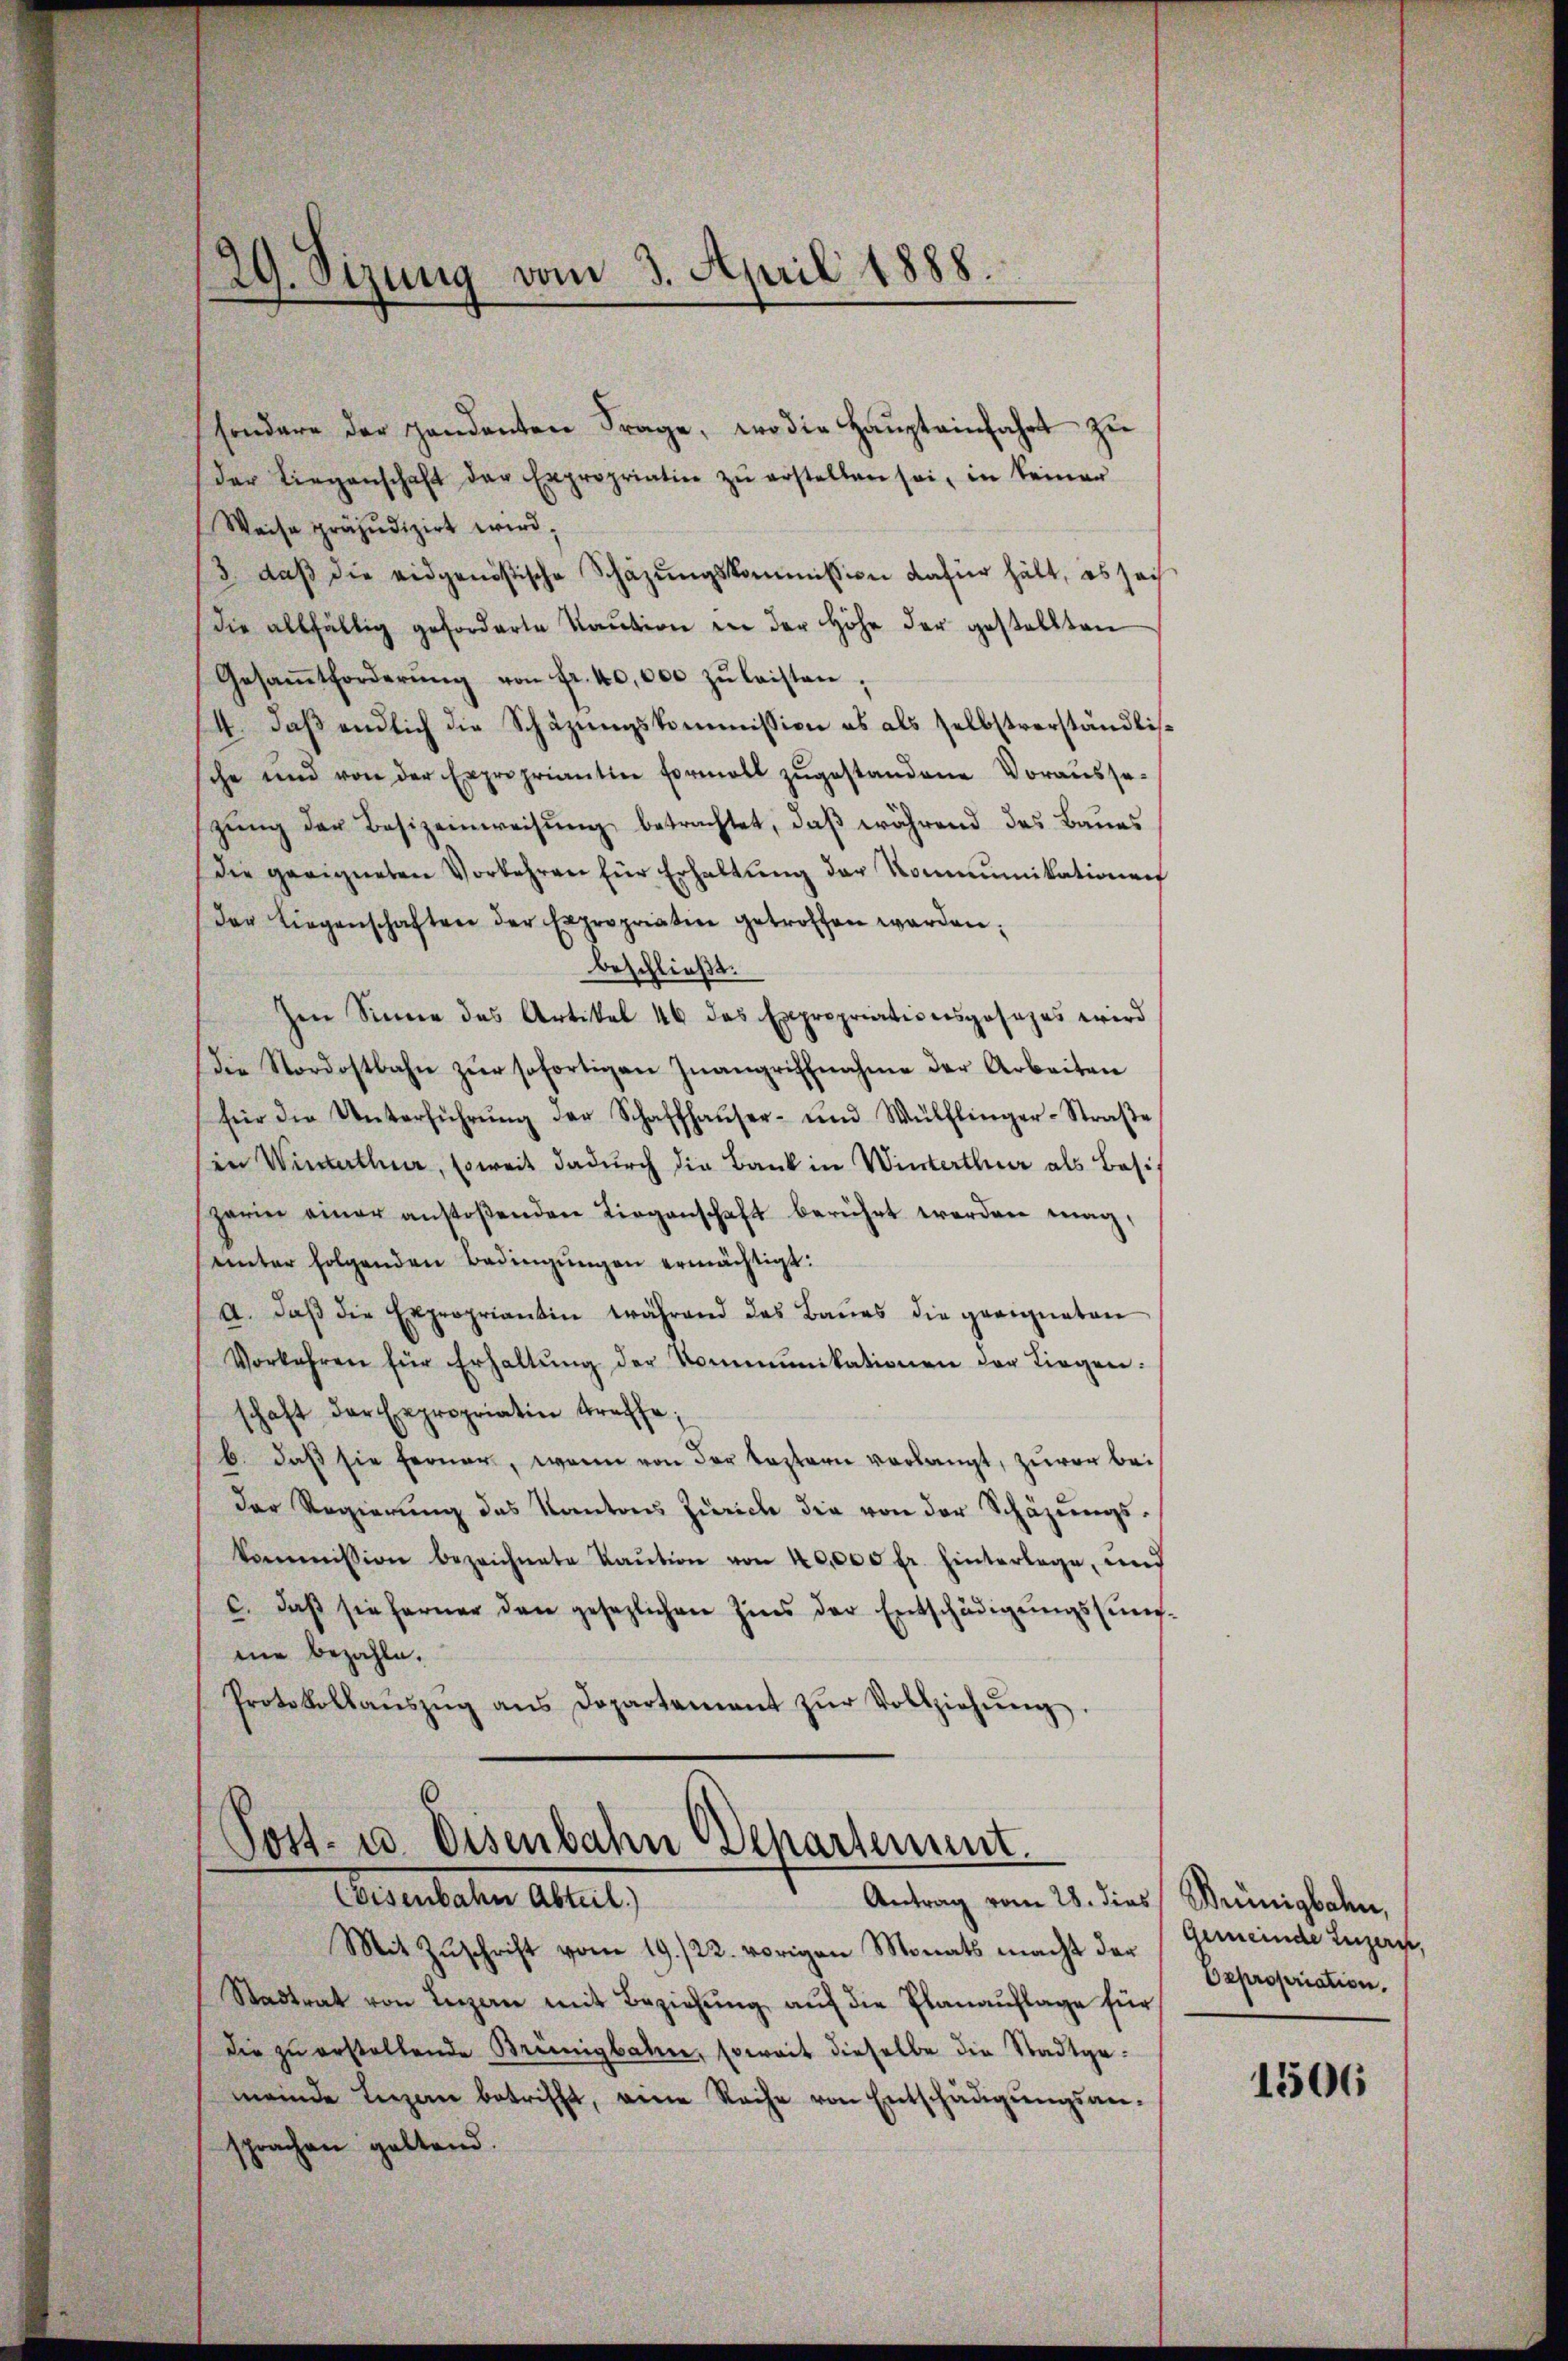
sondere der Handenten Frage, wo die Haŭpteinfahrt zu
der Liegenschaft der Expropriatin zŭ erstellen sei, in keiner
Weise präjudizirt wird;
13 daβ die eidgenößische Schäzŭngskommission dafür hält, es sach
die allfällig geforderte Kaŭtion in der Höhe der gestellten
Gesaṁtforderŭng von fr. 40,000 zŭ leisten;
4. daß endlich die Schäzungskommission es als selbstverständlische und von der Expropriantin Formell zŭgestandene Vorausse-
zŭng der Besizeinweisŭng betrachtet, daß während des Baues
Die geeigneten Vorkehren für Erhaltŭng der Kommunikationen
der Liegenschaften der Expropriatin getroffen werden;
beschließt:
zen Sinne des Artikel 46 das Expropriationsposezes wird
Die Nordostbahn zŭr sofortigen Inangriffnahme der Arbeiten
für die Unterführŭng der Schaffhaŭser- und Wülflinger-Straβe
in Winterthur, soweit dadurch die Bank in Winterthur als Besigarin einer anstoβenden Liegenschaft berührt werden mag,
unter folgenden Bedingŭngen ermächtigt:
A. daβ die Expropriantin während das Baues die geeigneten
Vorkehren für Erhaltŭng der Kommunikationen der Liegen:
schaft der Expropriatin treffe;
b. daβ sie ferner, wenn von der Kasterie verlangt, zuvor bei
der Regierŭng des Kantons Zürich die von der Schäzŭngs-
kommission bezeichnete Kaŭtion von 40,000 fr. hinterlege, und
c. daβ sie ferner den gesezlichen Zins der Entschädigŭngssŭng-
mie bezahle.
Protokollaŭszŭg ans Dopartement zŭr Vollziehŭng.

29. Sizung vom 3. April 1888.

Post- u. Eisenbahn Departement.
Beventaten Altert,
Antrag vom 28. dies Beigbahn,

Mit Zuschrift vom 19./22. vorigen Monats macht der
Stadtrat von Luzern mit Beziehŭng aŭf die Planaŭflage für
die zŭ erstellende Breinigbahne, soweit dieselbe die Stadtge-
meinde Luzern betrifft, eine Reihe von Entschädigŭngsan-
sprachen geltend.

Gemeinde Luzern.
Expropriation.

1506